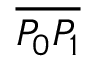
\overline { { P _ { 0 } P _ { 1 } } }